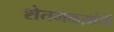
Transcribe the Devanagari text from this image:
शेतमळ्य़ांची